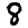
Digit: 8